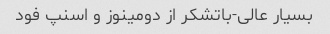
بسیار عالی-باتشکر از دومینوز و اسنپ فود